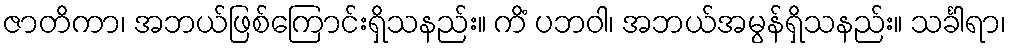
ဇာတိကာ၊ အဘယ်ဖြစ်ကြောင်းရှိသနည်း။ ကိံ ပဘဝါ၊ အဘယ်အမွန်ရှိသနည်း။ သင်္ခါရာ၊